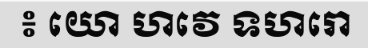
៖ យោ ហវេ ទហរោ